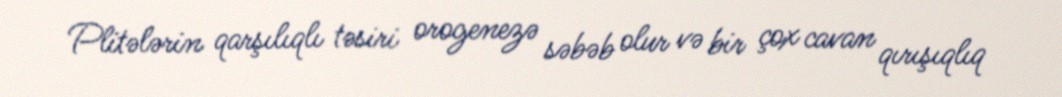
Plitələrin qarşılıqlı təsiri orogenezə səbəb olur və bir çox cavan qırışıqlıq